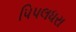
પિપલધરા